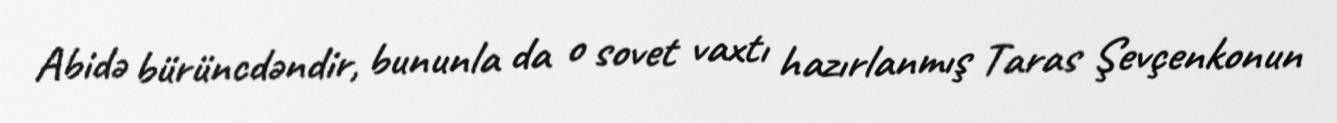
Abidə bürüncdəndir, bununla da o sovet vaxtı hazırlanmış Taras Şevçenkonun